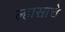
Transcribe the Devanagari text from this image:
ल्हासाचे